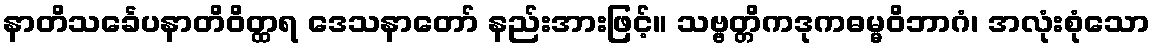
နာတိသင်္ခေပနာတိဝိတ္ထရ ဒေသနာတော် နည်းအားဖြင့်။ သဗ္ဗတ္တိကဒုကဓမ္မဝိဘာဂံ၊ အလုံးစုံသော